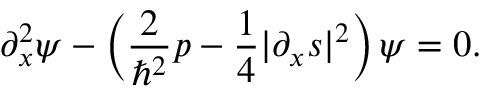
\partial _ { x } ^ { 2 } \boldsymbol { \psi } - \left( \frac { 2 } { \hbar ^ { 2 } } p - \frac { 1 } { 4 } | \partial _ { x } \boldsymbol { s } | ^ { 2 } \right) \boldsymbol { \psi } = \boldsymbol { 0 } .